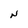
Character: N